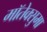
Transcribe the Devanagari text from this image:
मॉतेक्सुमा